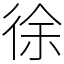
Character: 徐